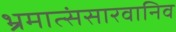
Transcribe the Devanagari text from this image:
भ्रमात्संसारवानिव